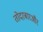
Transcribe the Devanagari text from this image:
तोदरबारऔर